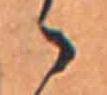
ゝ